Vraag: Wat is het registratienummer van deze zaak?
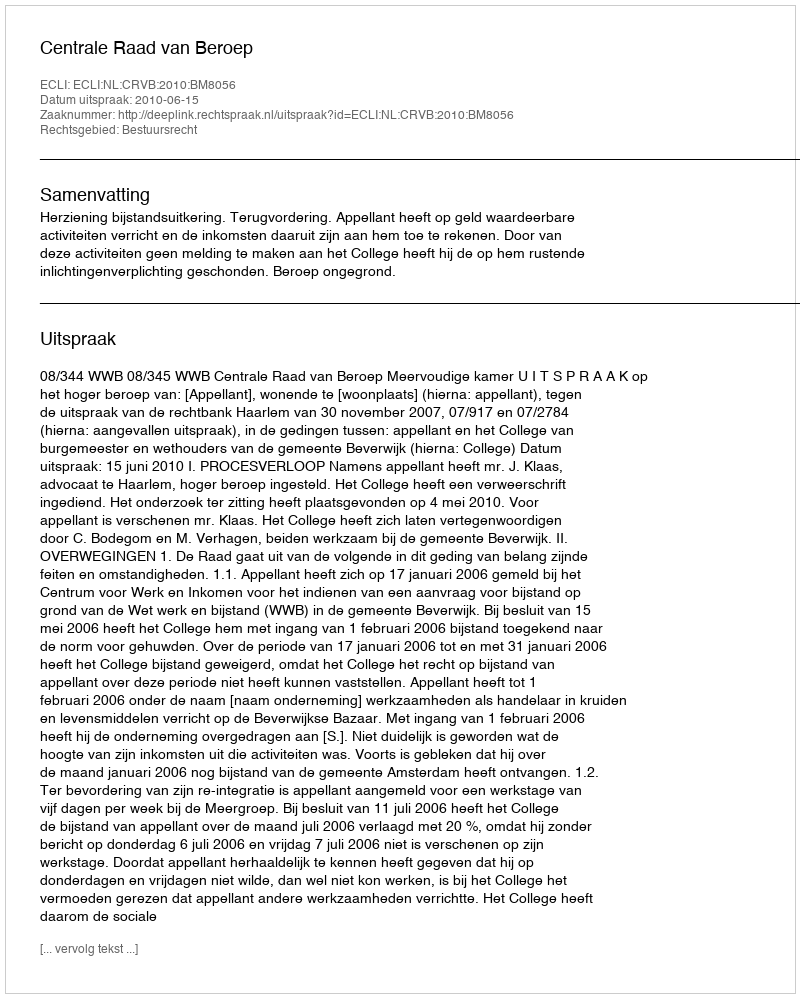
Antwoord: http://deeplink.rechtspraak.nl/uitspraak?id=ECLI:NL:CRVB:2010:BM8056